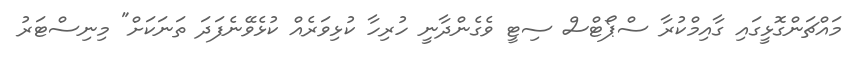
މައްޗަންގޮޅީގައި ގާއިމްކުރާ ސްޕޯޓްސް ސިޓީ ވެގެންދާނީ ހުރިހާ ކުޅިވަރެއް ކުޅެވޭނެފަދަ ތަނަކަށް" މިނިސްޓަރު